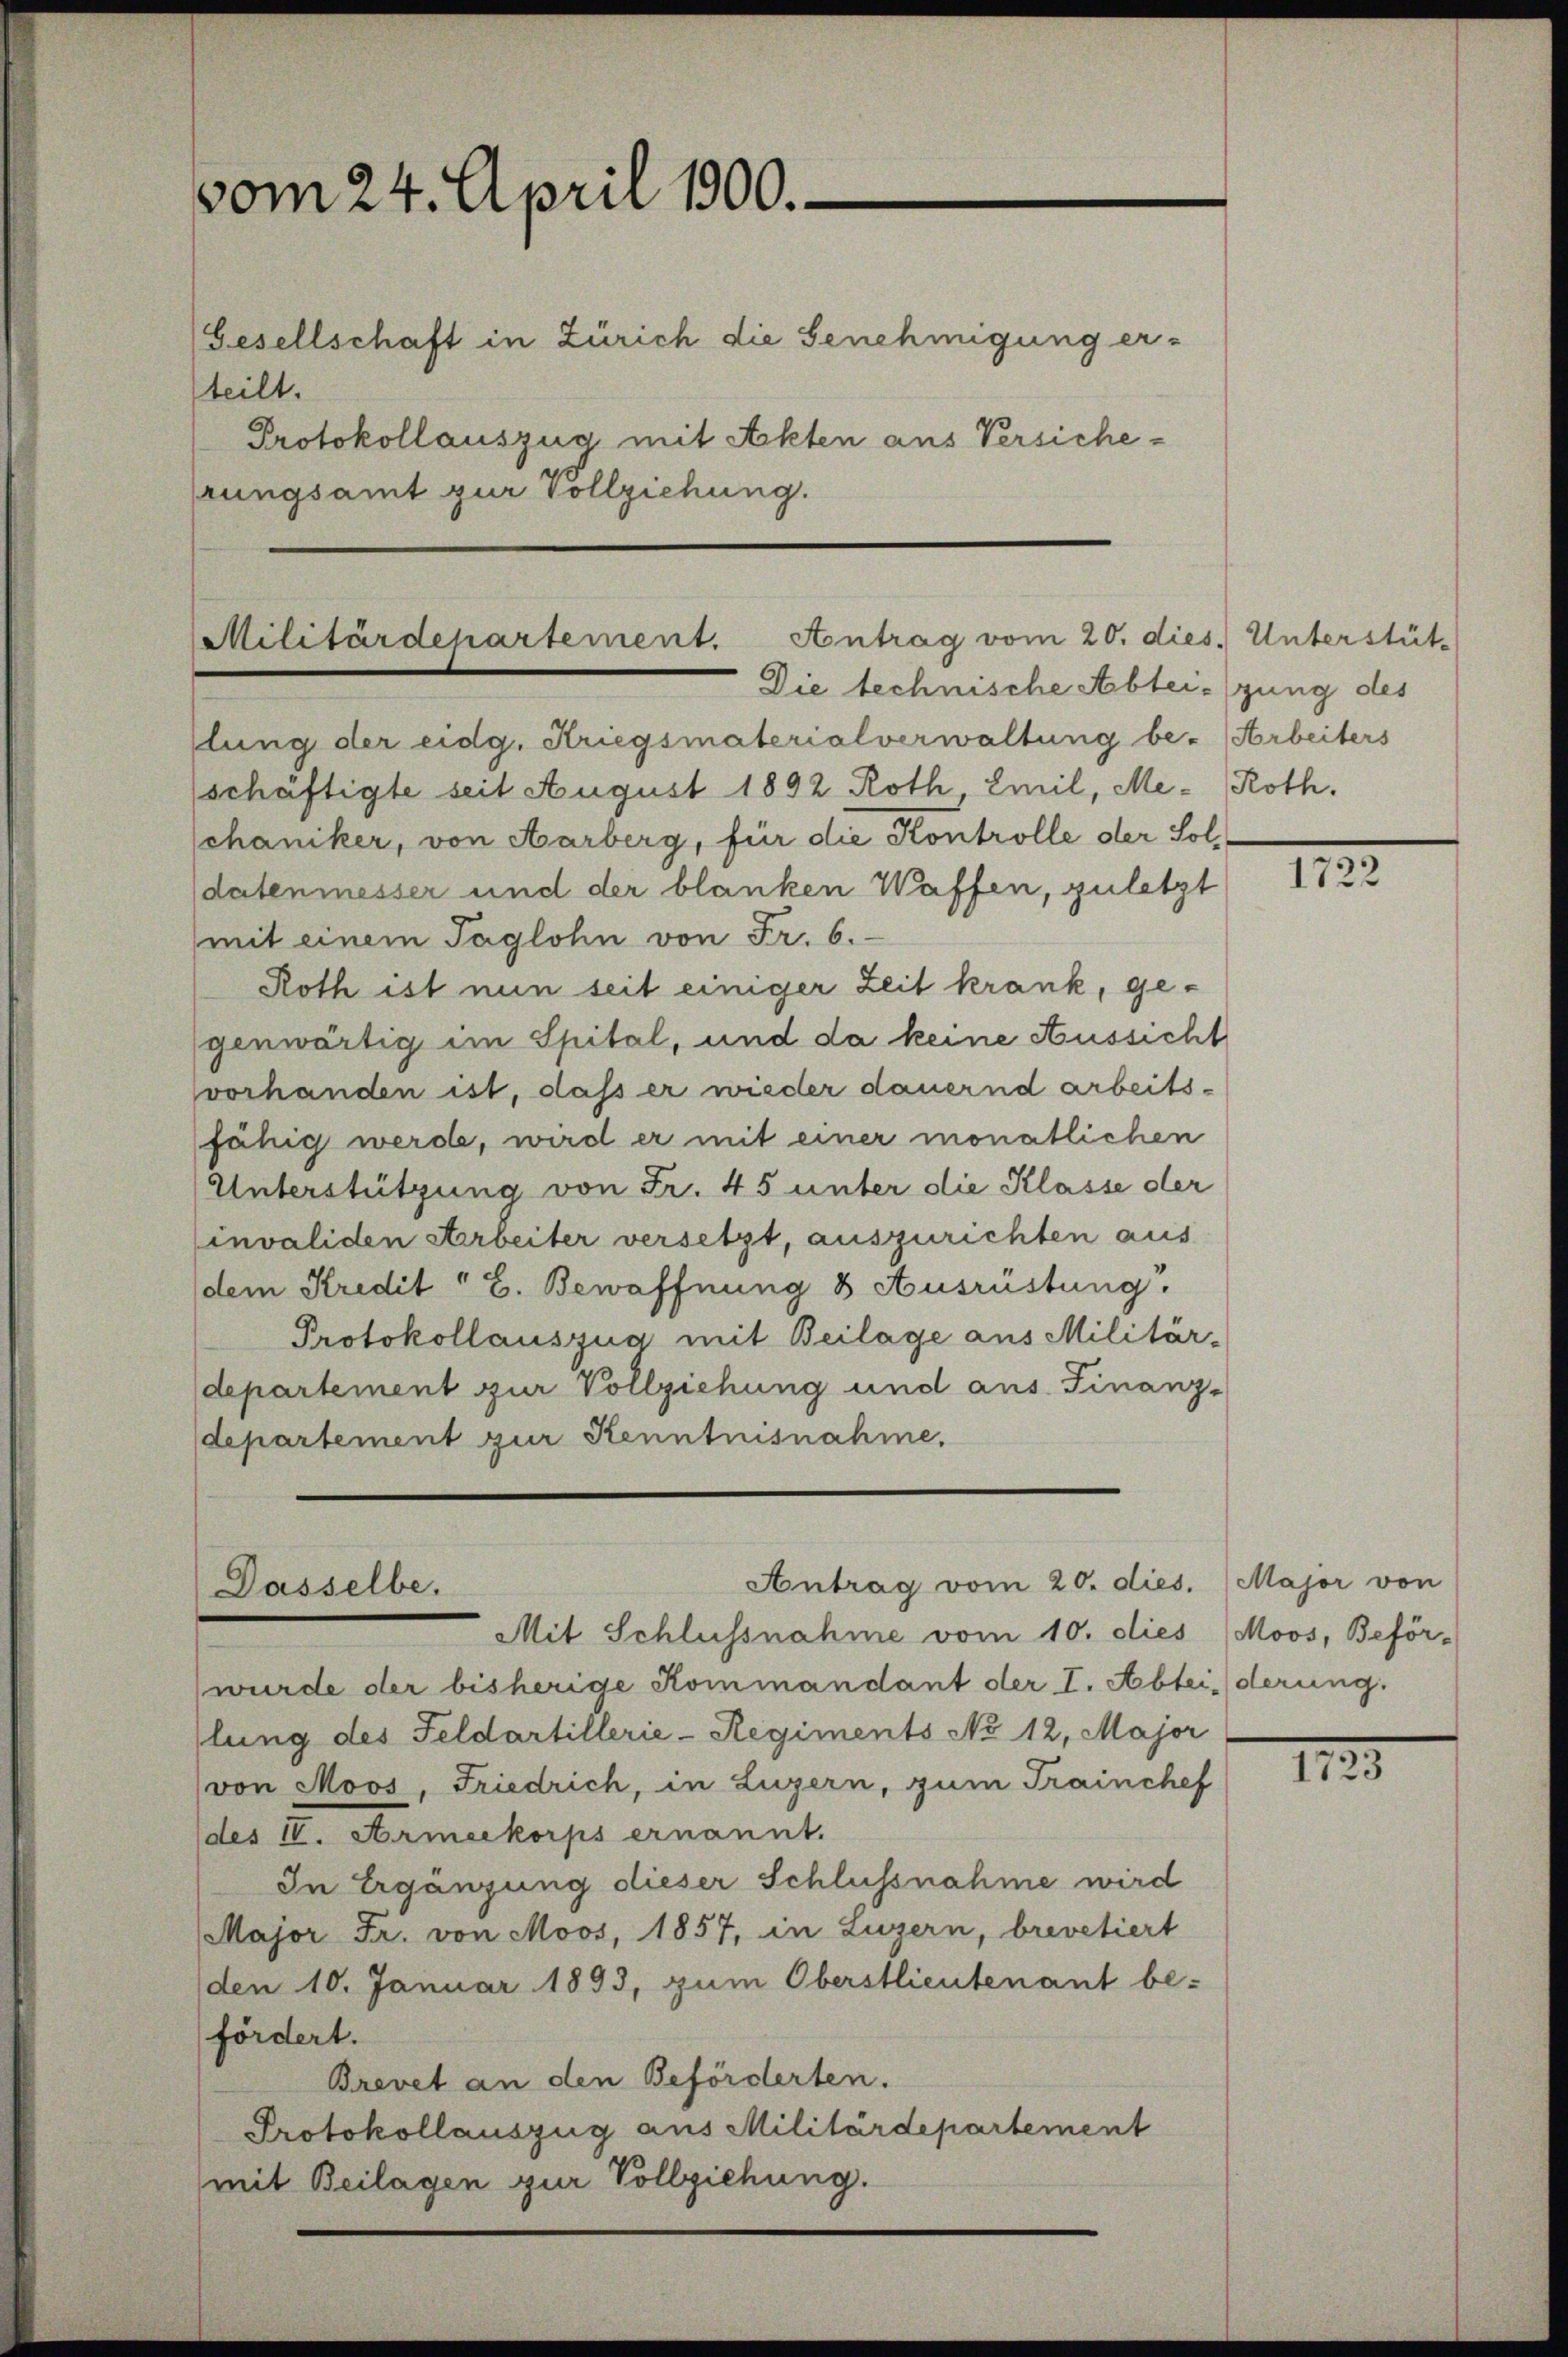
vom 24. April 1900.
Gesellschaft in Zürich die Genehmigung er-
teilt.
Protokollauszug mit Akten aus Versicheprungsamt zur Vollziehung.

Militärdepartement. Antrag vom 20. dies. Unterstüt-
Die technische Abteigung des

llung der eidg. Kriegsmaterialverwaltung be- Arbeiters
schäftigte seit August 1892 Roth Emil, Me- Roth.
Schaniker, von Aarberg, für die Kontrolle der Soldatenmesser und der blanken Waffen, zuletzt
mit einem Taglohn von Fr. 6.
Roth ist nun seit einiger Zeit krank, gegenwärtig im Spital, und da keine Aussicht
vorhanden ist, daß er wieder dauernd arbeitsfähig werde, wird er mit einer monatlichen
Unterstützung von Fr. 45 unter die Klasse der
invaliden Arbeiter versetzt, auszurichten aus
dem Kredit " 2. Bewaffnung 8 Ausrüstung,
Protokollauszug mit Beilage aus Militär-
departement zur Vollziehung und aus. Finanz-
departement zur Kenntnisnahme,

Antrag vom 20. dies.
Dasselbe.
Mit Schlussnahme vom 10. dies

wurde der bisherige Kommandant der I. Abtei derung
lung des Feldartillerie-Regiments No 12. Major
von Moos, Friedrich, in Luzern, zum Trainchef
des IV. Armeekorps ernannt.
In Ergänzung dieser Schlussnahme wird
Major Fr. von Moos, 1857, in Luzern, brevetiert
den 10. Januar 1893, zum Oberstlieutenant be-
fördert.
Brevet an den Beförderten.
Protokollauszug aus Militärdepartement
mit Beilagen zur Vollziehung.

III.

Major von
Moos, Beför¬

1125